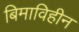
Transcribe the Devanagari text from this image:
बिमाविहीन